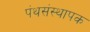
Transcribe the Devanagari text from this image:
पंथसंस्थापक